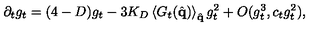
\partial _ { t } g _ { t } = ( 4 - D ) g _ { t } - 3 K _ { D } \left\langle G _ { t } ( \hat { \bf { q } } ) \right\rangle _ { \hat { \bf { q } } } g _ { t } ^ { 2 } + O ( g _ { t } ^ { 3 } , c _ { t } g _ { t } ^ { 2 } ) ,